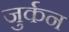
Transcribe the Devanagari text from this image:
जुर्कन